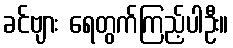
ခင်ဗျား ရေတွက်ကြည့်ပါဦး။